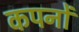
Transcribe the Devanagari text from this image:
कपनों